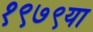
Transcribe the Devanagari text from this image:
१९७९या